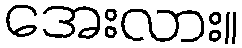
အေးလား။